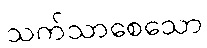
သက်သာစေသော